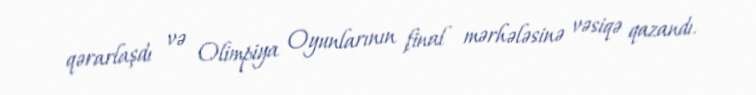
qərarlaşdı və Olimpiya Oyunlarının final mərhələsinə vəsiqə qazandı.